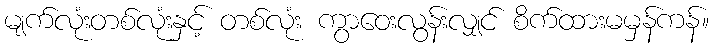
မျက်လုံးတစ်လုံးနှင့် တစ်လုံး ကွာဝေးလွန်းလျှင် စိက်ထားမမှန်ကန်။